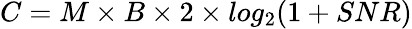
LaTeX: C=M\times B\times 2\times log_{2}(1+SNR)